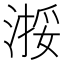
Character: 𬈗